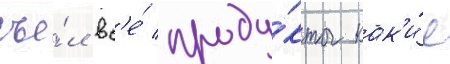
съе́л вс'е́ проду́кты как'и́е